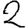
Digit: 2